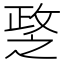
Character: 𢾘